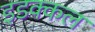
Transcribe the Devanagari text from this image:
इडक्कल